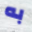
به